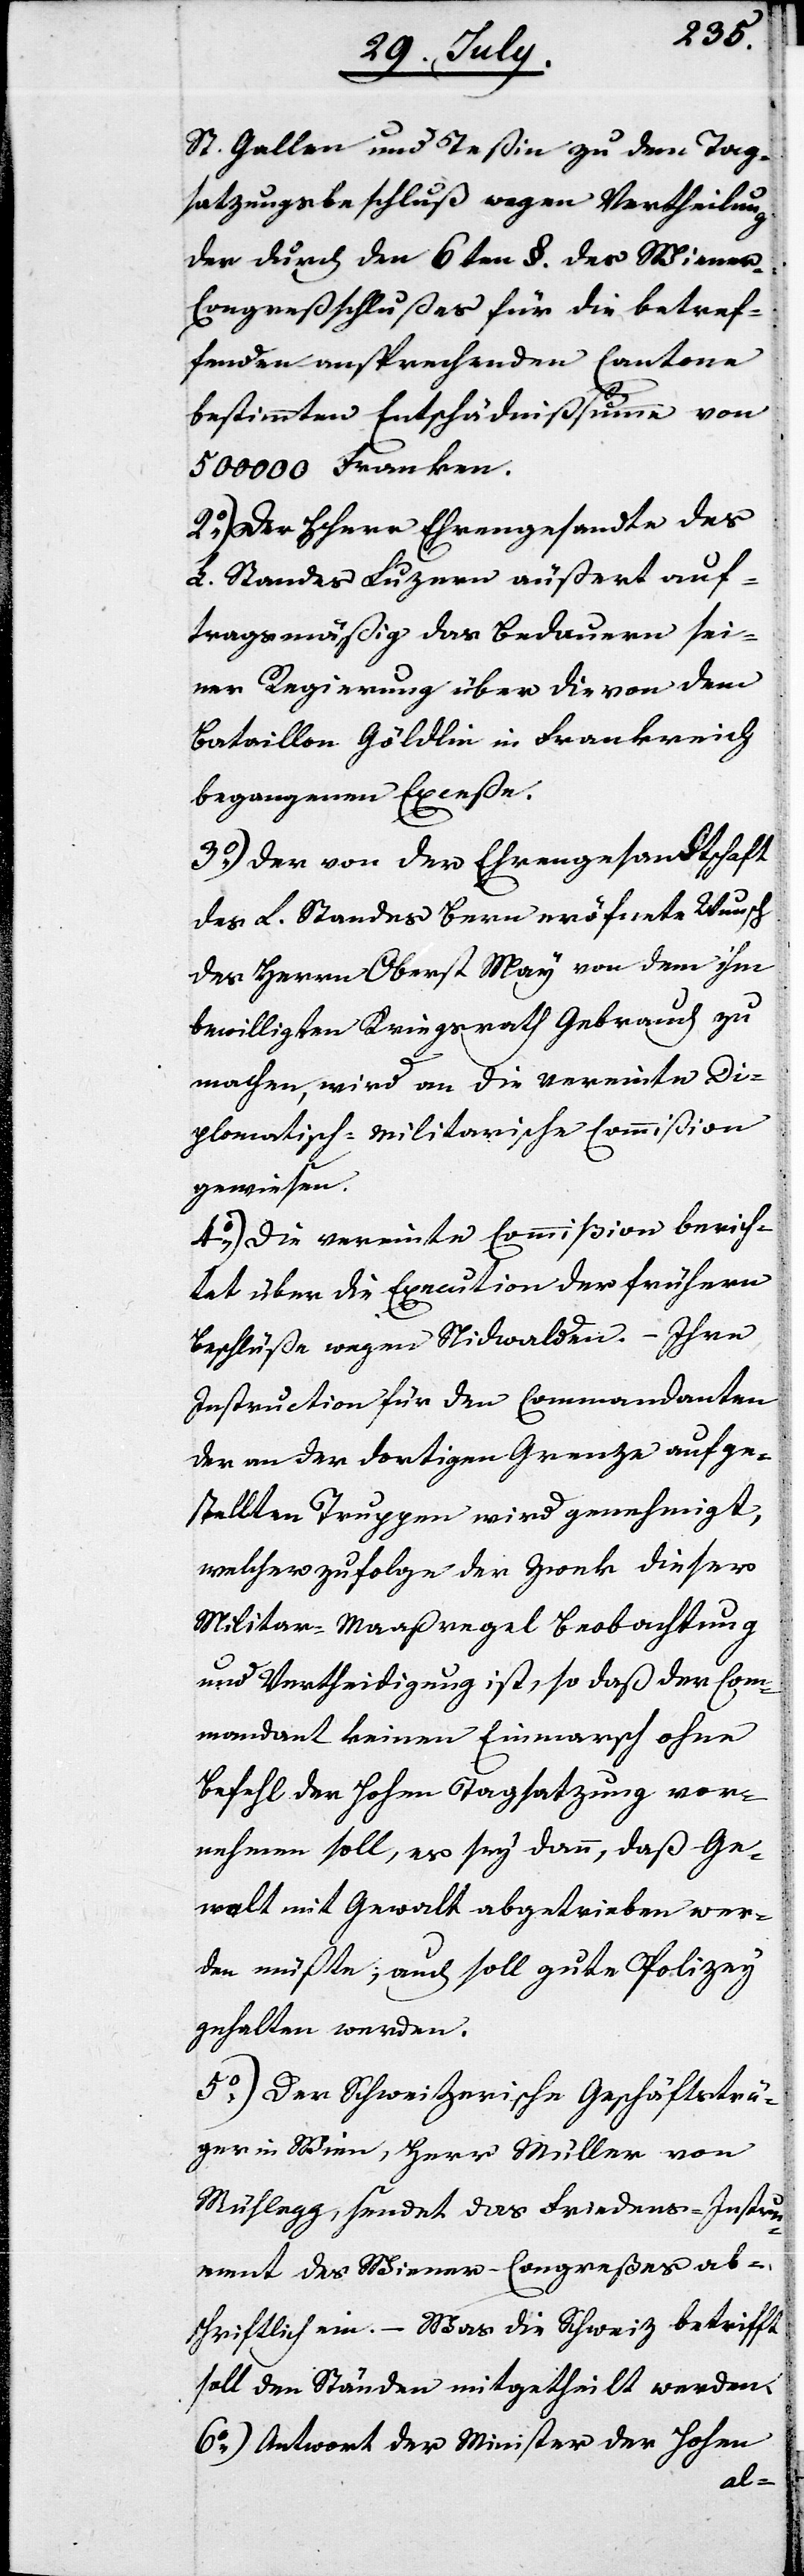
St. Gallen und Teßin zu dem Tag¬
satzungbeschluß wegen Vertheilung
der durch den 6ten §. des Wiener-C¬
ongreßbeschlußes für die betref¬
fenden ansprechenden Cantone
bestimmten Entschädnißsumme von
500000 Franken.
2.) Der Herr Ehrengesandte des
L. Standes Luzern äußert auf¬
tragsmäßig das Bedauern sei¬
ner Regierung über die von dem
Bataillon Göldlin in Frankreich
begangenen Exceße.
3.) Der von der Ehrengesandtschaft
des L. Standes Bern eröfnete Wunsch
des Herrn Oberts May von dem ihm
bewilligten Kriegsrath Gebrauch zu
machen, wird an die vereinte Di¬
plomatisch-Militarische Commißion
gewiesen.
4.) Die vereinte Commißion berich¬
tet über die Execution der frühern
Beschlüße wegen Nidwalden. – Ihre
Instruction für den Commmandanten
der an der dortigen Grenze aufge¬
stellten Truppen wird genehmigt,
welcher zufolge der Zweck dieser
Militar-Maaßregel Beobachtung
und Vertheidigung ist, so daß der Com¬
mandant keinen Einmarsch ohne
Befehl der Hohen Tagsatzung vor¬
nehmen soll, es sey denn, daß Ge¬
walt mit Gewalt abgetrieben wer¬
den müßte; auch soll gute Polizey
gehalten werden.
5.) Der schweizerische Geschäftsträ¬
ger in Wien, Herr Müller von
Mühlegg, sendet das Friedens-Instru¬
ment des Wiener-Congreßes ab¬
schriftlich ein. – Was die Schweiz betrifft
soll den Ständen mitgetheilt werden.
6.) Antwort der Minister der Hohen